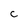
Character: C